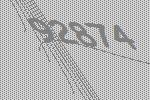
92874